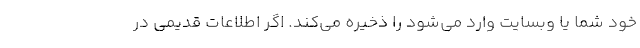
خود شما یا وبسایت وارد می‌شود را ذخیره می‌کند. اگر اطلاعات قدیمی در